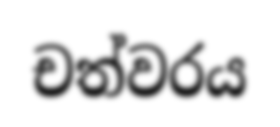
චත්වරය